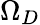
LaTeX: \Omega_{D}